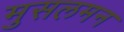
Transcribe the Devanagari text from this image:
मुसलमन